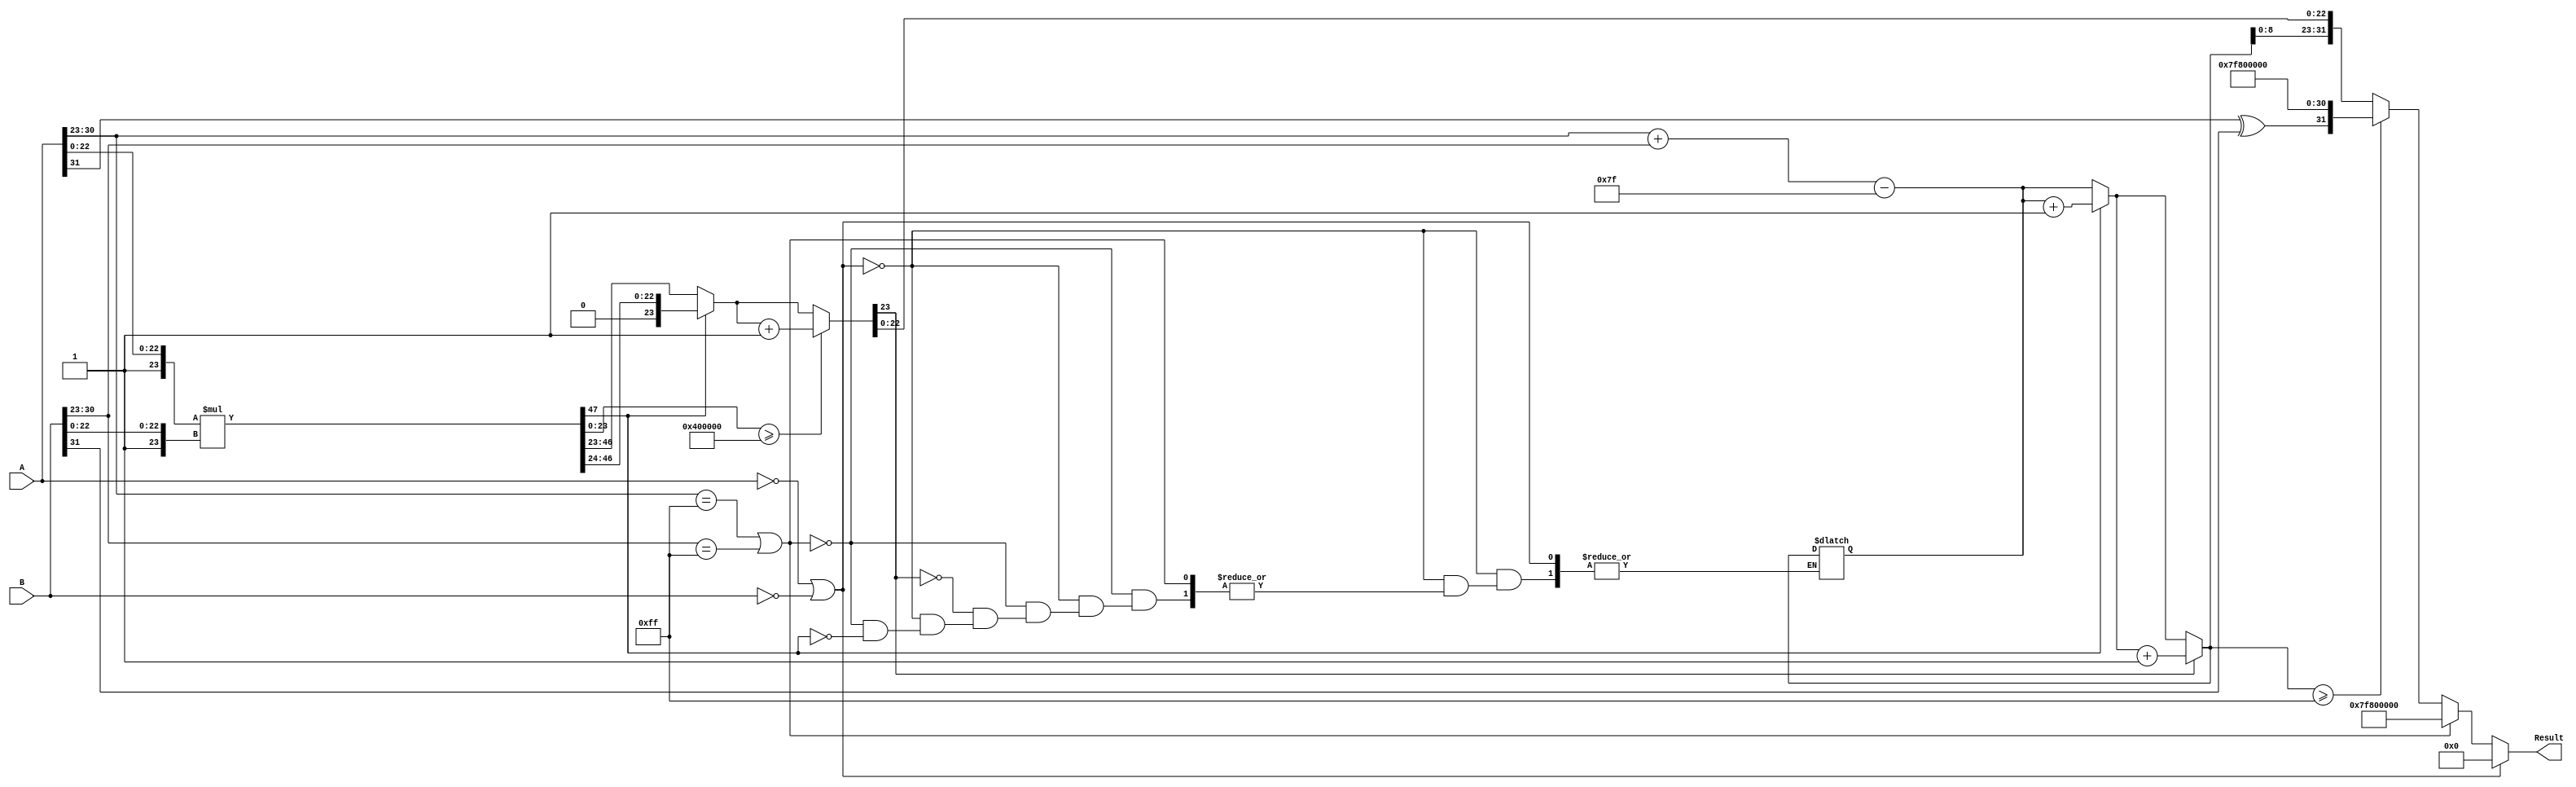
module fp_multiplier (
    input wire [31:0] A,   // First floating-point operand
    input wire [31:0] B,   // Second floating-point operand
    output reg [31:0] Result // Output floating-point product
);

    // Constants
    parameter BIAS = 127;
    parameter EXPONENT_BITS = 8;
    parameter MANTISSA_BITS = 23;
    parameter MANTISSA_WIDTH = MANTISSA_BITS + 1; // Including implicit leading 1

    // Internal signals
    wire signA, signB;
    wire [EXPONENT_BITS-1:0] expA, expB;
    wire [MANTISSA_BITS-1:0] mantA, mantB;
    
    wire [MANTISSA_WIDTH-1:0] normMantA, normMantB;
    wire [MANTISSA_WIDTH*2-1:0] mantProduct;
    
    wire [EXPONENT_BITS+1:0] expResult; // To hold the exponent result with bias
    wire [MANTISSA_WIDTH*2-1:0] mantProductNorm; // Normalized mantissa
    wire [MANTISSA_WIDTH-1:0] mantissaResult;

    // Extract sign, exponent, and mantissa
    assign signA = A[31];
    assign signB = B[31];
    assign expA = A[30:23];
    assign expB = B[30:23];
    assign mantA = A[22:0];
    assign mantB = B[22:0];

    // Normalize mantissas (add implicit leading 1)
    assign normMantA = {1'b1, mantA}; // 24 bits
    assign normMantB = {1'b1, mantB}; // 24 bits

    // Multiply mantissas
    assign mantProduct = normMantA * normMantB; // 48 bits

    // Calculate exponent result
    assign expResult = (expA + expB - BIAS); // Adjusted exponent

    always @(*) begin
        // Default result to zero
        Result = 32'b0;

        // Handle special cases
        if (A == 32'b0 || B == 32'b0) begin
            // Zero multiplication
            Result = 32'b0;
        end else if (expA == 8'b11111111 || expB == 8'b11111111) begin
            // If either input is NaN or inf
            Result = 32'b01111111100000000000000000000000; // Infinity case
        end else begin
            // Get normalized product
            if (mantProduct[MANTISSA_WIDTH*2-1] == 1) begin
                // Normalization needed (result >= 2)
                mantissaResult = mantProduct[MANTISSA_WIDTH*2-2:MANTISSA_WIDTH];
                expResult = expResult + 1; // Exponent increment
            end else begin
                // No normalization needed
                mantissaResult = mantProduct[MANTISSA_WIDTH*2-1:MANTISSA_WIDTH-1];
            end

            // Rounding (simplified)
            // Check if we need to round up
            if (mantProduct[MANTISSA_WIDTH-1:0] >= (1 << (MANTISSA_BITS - 1))) begin
                mantissaResult = mantissaResult + 1;
            end

            // Handle overflow in mantissa
            if (mantissaResult[MANTISSA_BITS] == 1) begin
                mantissaResult = mantissaResult[MANTISSA_BITS-1:0]; // Truncate
                expResult = expResult + 1; // Increment exponent for overflow
            end

            // Handle underflow and finalize results
            if (expResult >= 8'b11111111) begin
                Result = {signA ^ signB, 8'b11111111, 23'b0}; // Set to infinity
            end else begin
                Result = {signA ^ signB, expResult[MANTISSA_BITS-1:0], mantissaResult[MANTISSA_BITS-1:0]};
            end
        end
    end

endmodule